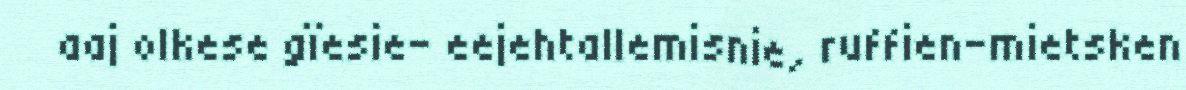
aaj olkese gïesie- eejehtallemisnie, ruffien-mietsken